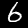
Digit: 6